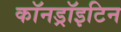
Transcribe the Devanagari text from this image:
कॉनड्रॉइटिन